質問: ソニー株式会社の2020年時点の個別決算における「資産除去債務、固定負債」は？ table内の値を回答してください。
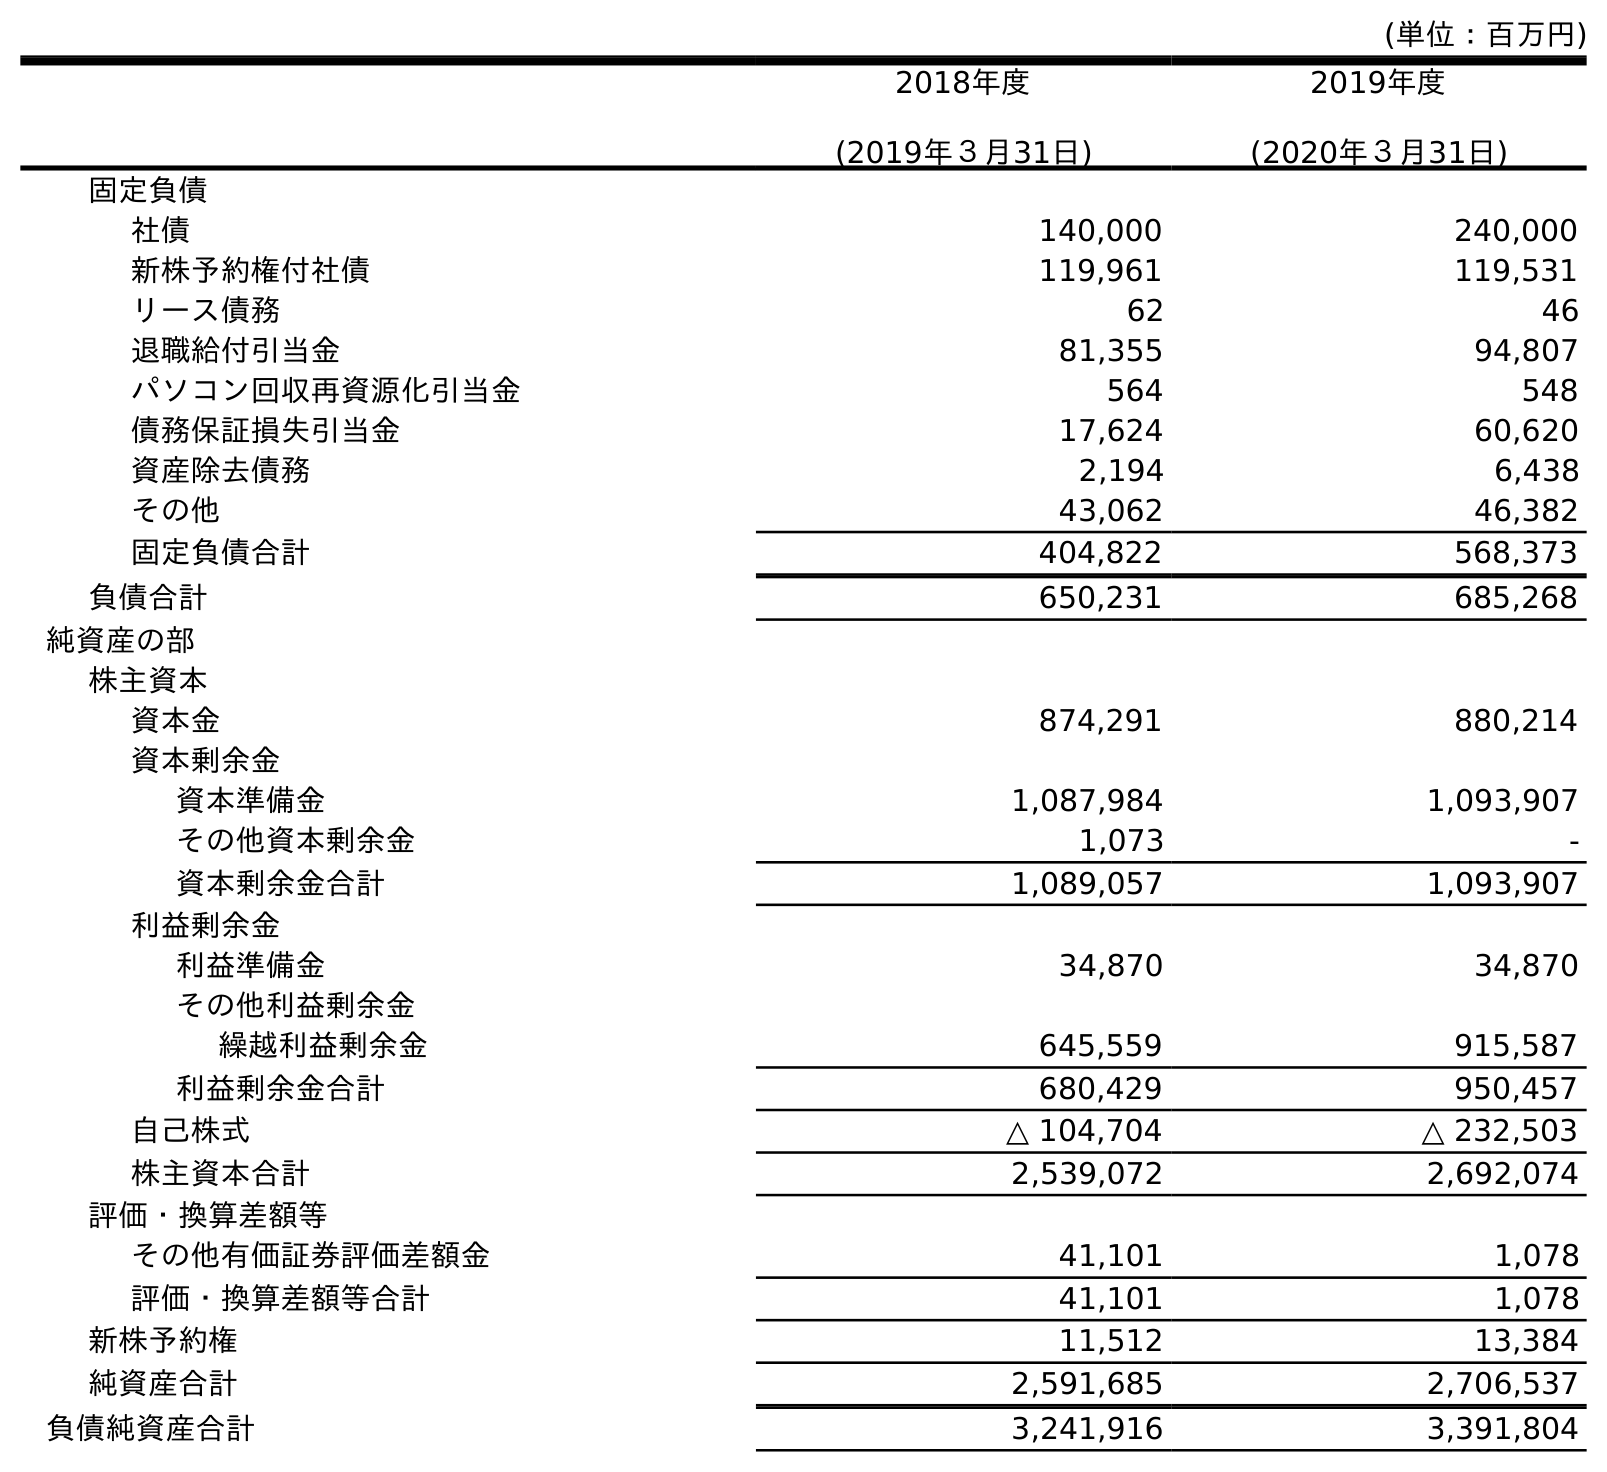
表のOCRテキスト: (単位：百万円) 2018年度 (2019年３月31日) 2019年度 (2020年３月31日) 固定負債 社債 140,000 240,000 新株予約権付社債 119,961 119,531 リース債務 62 46 退職給付引当金 81,355 94,807 パソコン回収再資源化引当金 564 548 債務保証損失引当金 17,624 60,620 資産除去債務 2,194 6,438 その他 43,062 46,382 固定負債合計 404,822 568,373 負債合計 650,231 685,268 純資産の部 株主資本 資本金 874,291 880,214 資本剰余金 資本準備金 1,087,984 1,093,907 その他資本剰余金 1,073 - 資本剰余金合計 1,089,057 1,093,907 利益剰余金 利益準備金 34,870 34,870 その他利益剰余金 繰越利益剰余金 645,559 915,587 利益剰余金合計 680,429 950,457 自己株式 △ 104,704 △ 232,503 株主資本合計 2,539,072 2,692,074 評価・換算差額等 その他有価証券評価差額金 41,101 1,078 評価・換算差額等合計 41,101 1,078 新株予約権 11,512 13,384 純資産合計 2,591,685 2,706,537 負債純資産合計 3,241,916 3,391,804
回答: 6,438